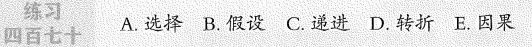
练习四百七十 A.选择 B.假设 C.递进 D.转折 E.因果